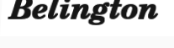
Belington